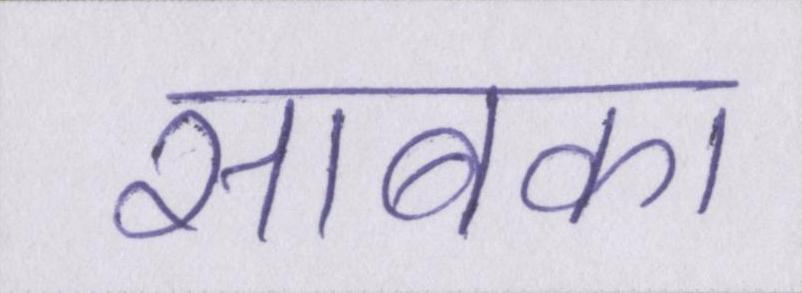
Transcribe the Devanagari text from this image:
साबका